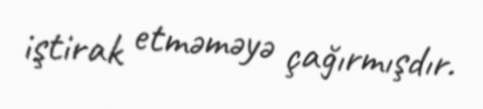
iştirak etməməyə çağırmışdır.